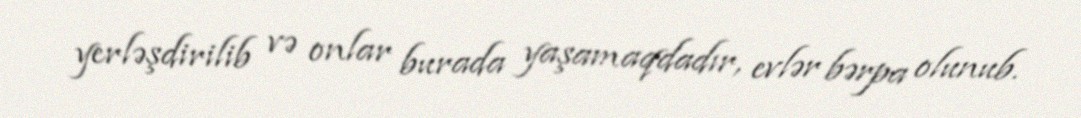
yerləşdirilib və onlar burada yaşamaqdadır, evlər bərpa olunub.